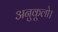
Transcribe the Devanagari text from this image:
अनुकूलो।